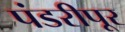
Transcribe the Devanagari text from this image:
पंडरीपूर